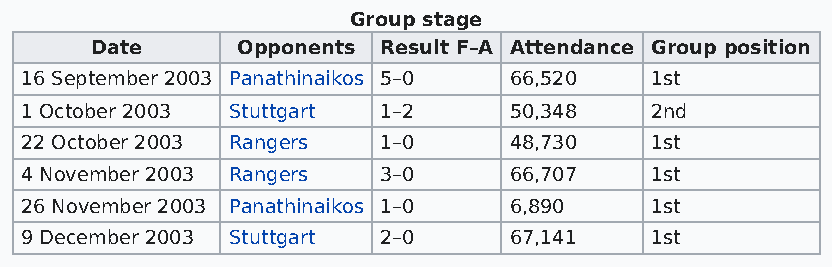
Group stage
 Date      Opponents Result F–A Attendance Group position
 16 September 2003 Panathinaikos 5–0 66,520 1st
 1 October 2003 Stuttgart 1–2     50,348   2nd
 22 October 2003 Rangers 1–0      48,730   1st
 4 November 2003 Rangers 3–0      66,707   1st
 26 November 2003 Panathinaikos 1–0 6,890  1st
 9 December 2003 Stuttgart 2–0    67,141   1st